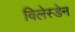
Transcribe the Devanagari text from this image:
विलेस्डेन